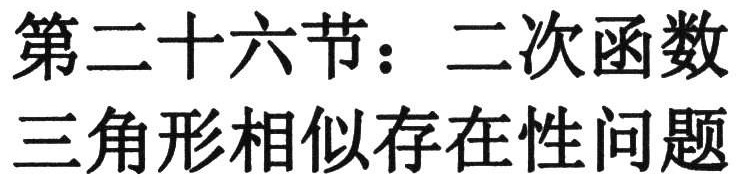
第二十六节：二次函数
三角形相似存在性问题